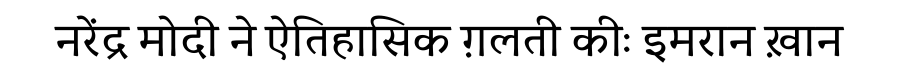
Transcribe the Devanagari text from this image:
नरेंद्र मोदी ने ऐतिहासिक ग़लती कीः इमरान ख़ान